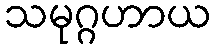
သမုဂ္ဂဟာယ